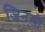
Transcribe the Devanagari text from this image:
जिनसी